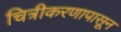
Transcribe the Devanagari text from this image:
चित्रीकरणापासून